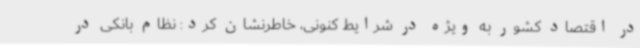
در اقتصاد کشور به ویژه در شرایط کنونی، خاطرنشان کرد: نظام بانکی در